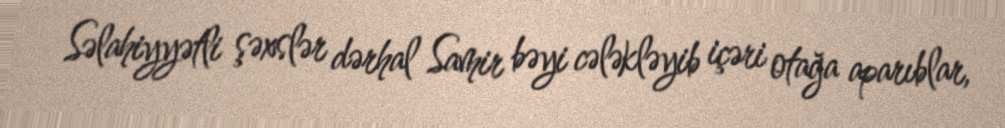
Səlahiyyətli şəxslər dərhal Samir bəyi cələkləyib içəri otağa aparıblar,